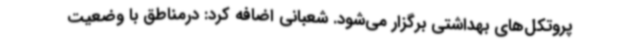
پروتکل‌های بهداشتی برگزار می‌شود. شعبانی اضافه کرد: درمناطق با وضعیت